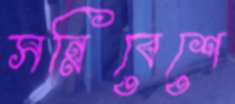
সন্নিবেশে